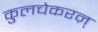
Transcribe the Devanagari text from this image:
कुलचेकरऩ्